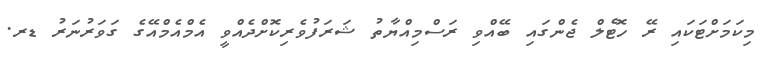
މިކަމަށްޓަކައި ރޭ ހޮޓެލް ޖެންގައި ބޭއްވި ރަސްމިއްޔާތު ޝަރަފުވެރިކޮށްދެއްވީ އެމްއެމްއޭގެ ގަވަރުނަރު ޑރ.